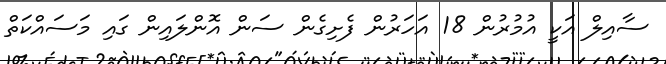
ސާއިލް އަކީ އުމުރުން 18 އަހަރުން ފެށިގެން ސަން އޮންލައިން ގައި މަސައްކަތް